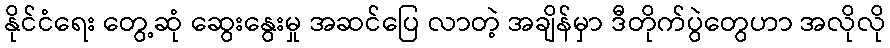
နိုင်ငံရေး တွေ့ဆုံ ဆွေးနွေးမှု အဆင်ပြေ လာတဲ့ အချိန်မှာ ဒီတိုက်ပွဲတွေဟာ အလိုလို